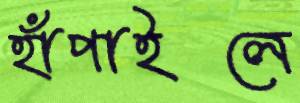
হাঁপাইলে